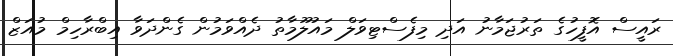
ރައީސް އޮފީހުގެ ތަރުޖަމާނު އަދި މިފެސްޓިވަލް މައުލޫމާތު ދެއްވަމުން ގެންދަވާ އިބްރާހިމް މުއަޒް